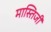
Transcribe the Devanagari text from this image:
मास्तिजी